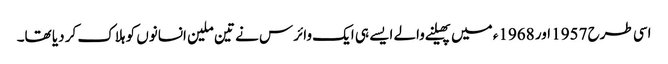
اسی طرح 1957 اور 1968ء میں پھیلنے والے ایسے ہی ایک وائرس نے تین ملین انسانوں کو ہلاک کر دیا تھا۔